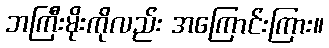
ဘကြီးမိုးကိုလည်း အကြောင်းကြား။